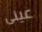
عينى